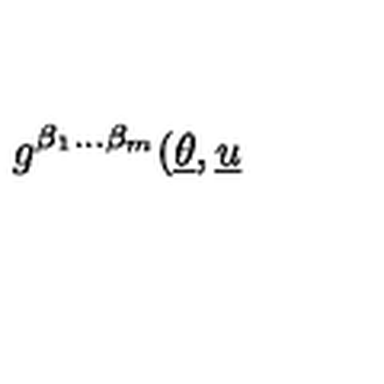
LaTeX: g ^ { \beta _ { 1 } . . . \beta _ { m } } ( \underline { { \theta } } , \underline { { u } }